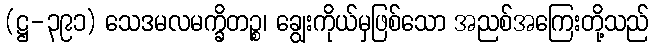
(ဋ္ဌ-၃၉၁) သေဒမလမက္ခိတဉ္စ၊ ချွေးကိုယ်မှဖြစ်သော အညစ်အကြေးတို့သည်